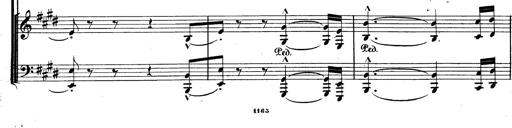
Title: BÃ©nÃ©diction et serment
Composer: Franz Liszt